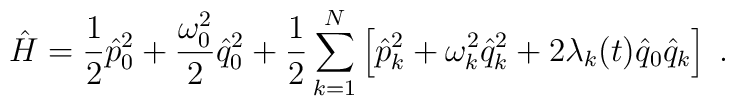
\hat{H}=\frac{1}{2}\hat{p}_0^2+\frac{\omega_0^2}{2}\hat{q}_0^2+\frac{1}{2}\sum_{k=1}^N\left[\hat{p}_k^2+\omega_k^2 \hat{q}_k^2+2\lambda_k(t)\hat{q}_0\hat{q}_k\right]\;.